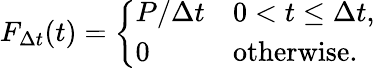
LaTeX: F_{\Delta t}(t)={\left\{ \begin{array}{ll}{P/\Delta t}&{0<t\leq\Delta t,}\\ {0}&{{\mathrm{otherwise}}.}\end{array}\right.}